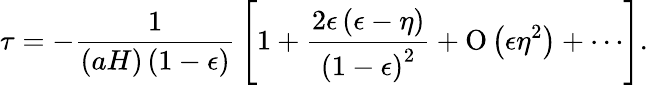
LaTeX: \tau=-{\frac{1}{\left(aH\right)\left(1-\epsilon\right)}}\left[1+{\frac{2\epsilon\left(\epsilon-\eta\right)}{\left(1-\epsilon\right)^{2}}}+\mathrm{O}\left(\epsilon\eta^{2}\right)+\cdots\right].